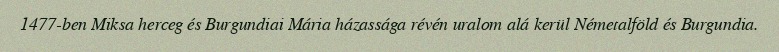
1477-ben Miksa herceg és Burgundiai Mária házassága révén uralom alá kerül Németalföld és Burgundia.